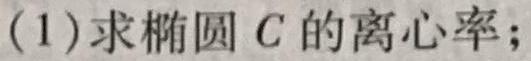
(1)求椭圆$C$的离心率;